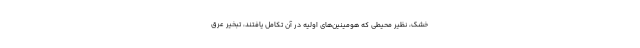
خشک، نظیر محیطی که هومینین‌های اولیه در آن تکامل یافتند، تبخیرِ عرق